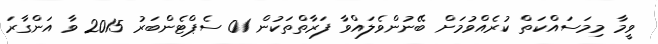
ވީމާ މިމަސައްކަތް ކުރެއްވުމަށް ބޭނުންވެލައްވާ ފަރާތްތަކުން 01 ސެޕްޓެންބަރު 2015 ވާ އަންގާރަ